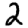
Digit: 2